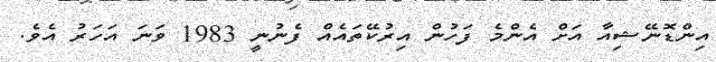
އިންޑޮނޭޝިއާ އަށް އެންމެ ފަހުން އިރުކޭތައެއް ފެނުނީ 1983 ވަނަ އަހަރު އެވެ.